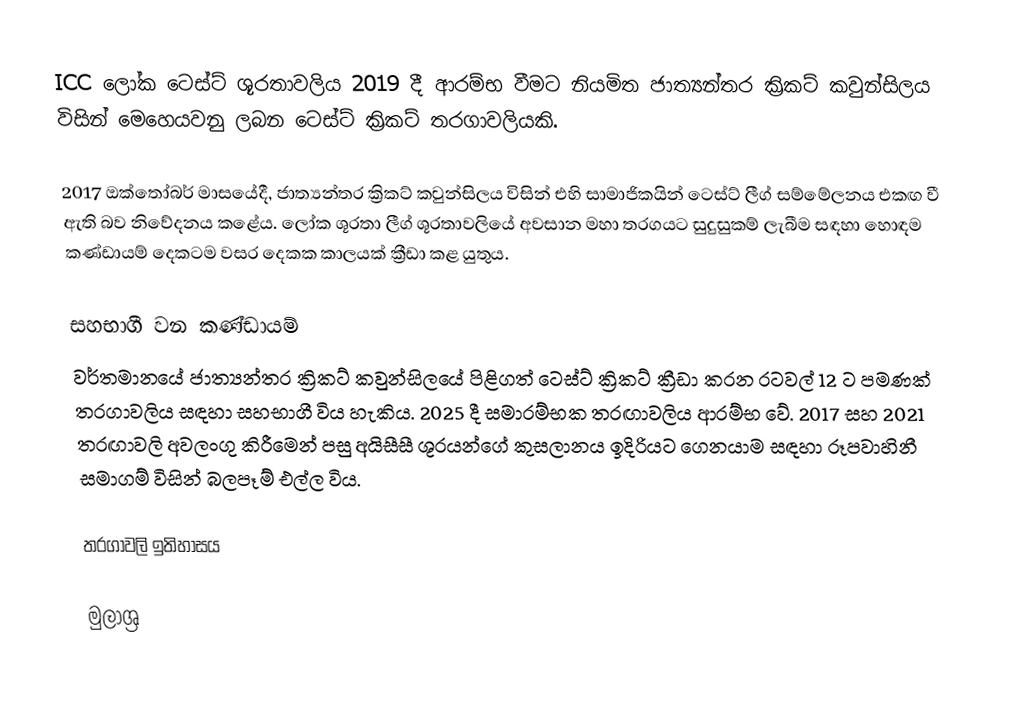
ICC ලෝක ටෙස්ට් ශූරතාවලිය 2019 දී ආරම්භ වීමට නියමිත ජාත්‍යන්තර ක්‍රිකට් කවුන්සිලය විසින් මෙහෙයවනු ලබන ටෙස්ට් ක්‍රිකට් තරගාවලියකි.

2017 ඔක්තෝබර් මාසයේදී, ජාත්‍යන්තර ක්‍රිකට් කවුන්සිලය විසින් එහි සාමාජිකයින් ටෙස්ට් ලීග් සම්මේලනය එකඟ වී ඇති බව නිවේදනය කළේය. ලෝක ශූරතා ලීග් ශූරතාවලියේ අවසාන මහා තරගයට සුදුසුකම් ලැබීම සඳහා හොඳම කණ්ඩායම් දෙකටම වසර දෙකක කාලයක් ක්‍රීඩා කළ යුතුය.

සහභාගී වන කණ්ඩායම්
වර්තමානයේ ජාත්‍යන්තර ක්‍රිකට් කවුන්සිලයේ පිළිගත් ටෙස්ට් ක්‍රිකට් ක්‍රීඩා කරන රටවල් 12 ට පමණක් තරගාවලිය සඳහා සහභාගී විය හැකිය. 2025 දී සමාරම්භක තරඟාවලිය ආරම්භ වේ. 2017 සහ 2021 තරඟාවලි අවලංගු කිරීමෙන් පසු අයිසීසී ශූරයන්ගේ කුසලානය ඉදිරියට ගෙනයාම සඳහා රූපවාහිනී සමාගම් විසින් බලපෑම් එල්ල විය.

තරගාවලි ඉතිහාසය

මුලාශ්‍ර